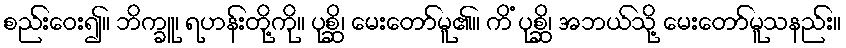
စည်းဝေး၍။ ဘိက္ခူ၊ ရဟန်းတို့ကို။ ပုစ္ဆိ၊ မေးတော်မူ၏။ ကိံ ပုစ္ဆိ၊ အဘယ်သို့ မေးတော်မူသနည်း။